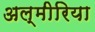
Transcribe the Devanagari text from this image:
अल्मीरिया